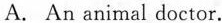
A. An animal doctor.